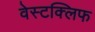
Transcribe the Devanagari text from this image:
वेस्टक्लिफ